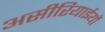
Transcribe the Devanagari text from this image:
असीरियाईयों